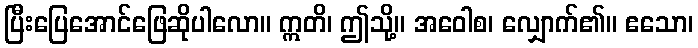
ပြီးပြေအောင်ဖြေဆိုပါလော။ ဣတိ၊ ဤသို့။ အဝေါစ၊ လျှောက်၏။ ဧသော၊